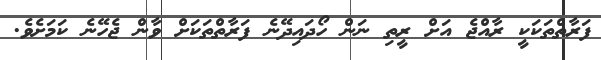
ފަރާތްތަކަކީ ރާއްޖެ އަށް ރީތި ނަން ހޯދައިދޭނެ ފަރާތްތަކަށް ވާން ޖެހޭނެ ކަމަށެވެ.